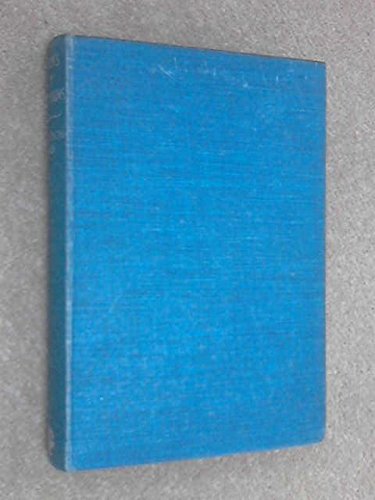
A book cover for Burma's icy mountains; Francis Kingdon-Ward; Travel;